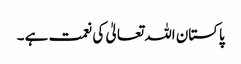
پاکستان اللہ تعالیٰ کی نعمت ہے ۔